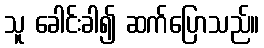
သူ ခေါင်းခါ၍ ဆက်ပြောသည်။